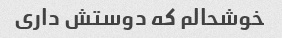
خوشحالم که دوستش داری